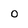
Character: 0